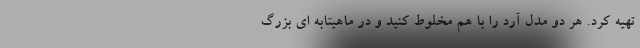
تهیه کرد. هر دو مدل آرد را با هم مخلوط کنید و در ماهیتابه ای بزرگ